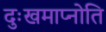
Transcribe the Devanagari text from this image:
दुःखमाप्नोति